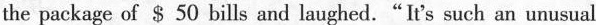
the package of $ 50 bills and laughed."It's such an unusual